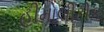
હીમોલીટીક